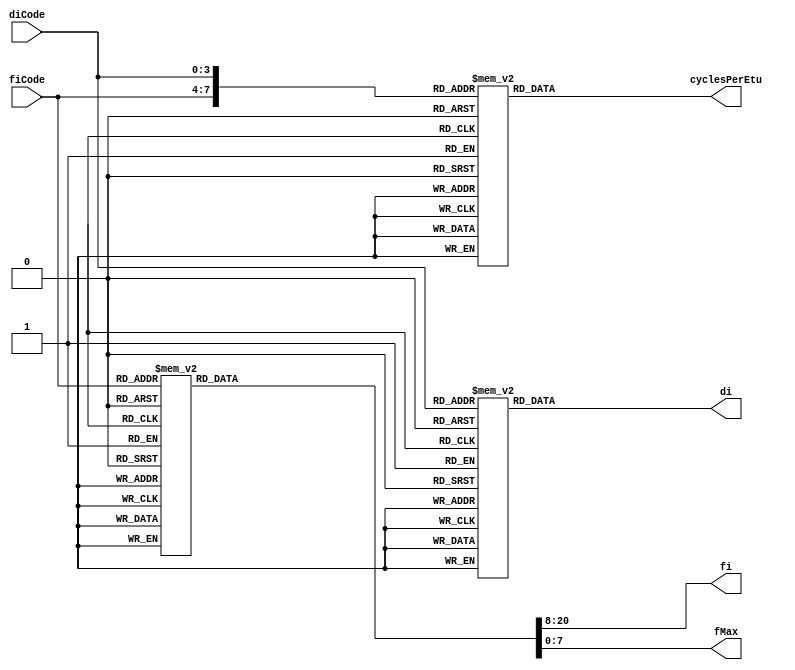
/*
Author: Sebastien Riou (acapola)
Creation date: 22:22:43 01/10/2011 

$LastChangedDate$
$LastChangedBy$
$LastChangedRevision$
$HeadURL$				 

This file is under the BSD licence:
Copyright (c) 2011, Sebastien Riou

All rights reserved.

Redistribution and use in source and binary forms, with or without modification, are permitted provided that the following conditions are met:

Redistributions of source code must retain the above copyright notice, this list of conditions and the following disclaimer. 
Redistributions in binary form must reproduce the above copyright notice, this list of conditions and the following disclaimer in the documentation and/or other materials provided with the distribution. 
The names of contributors may not be used to endorse or promote products derived from this software without specific prior written permission. 
THIS SOFTWARE IS PROVIDED BY THE COPYRIGHT HOLDERS AND CONTRIBUTORS
"AS IS" AND ANY EXPRESS OR IMPLIED WARRANTIES, INCLUDING, BUT NOT
LIMITED TO, THE IMPLIED WARRANTIES OF MERCHANTABILITY AND FITNESS FOR
A PARTICULAR PURPOSE ARE DISCLAIMED. IN NO EVENT SHALL THE COPYRIGHT OWNER OR
CONTRIBUTORS BE LIABLE FOR ANY DIRECT, INDIRECT, INCIDENTAL, SPECIAL,
EXEMPLARY, OR CONSEQUENTIAL DAMAGES (INCLUDING, BUT NOT LIMITED TO,
PROCUREMENT OF SUBSTITUTE GOODS OR SERVICES; LOSS OF USE, DATA, OR
PROFITS; OR BUSINESS INTERRUPTION) HOWEVER CAUSED AND ON ANY THEORY OF
LIABILITY, WHETHER IN CONTRACT, STRICT LIABILITY, OR TORT (INCLUDING
NEGLIGENCE OR OTHERWISE) ARISING IN ANY WAY OUT OF THE USE OF THIS
SOFTWARE, EVEN IF ADVISED OF THE POSSIBILITY OF SUCH DAMAGE.
*/
`default_nettype none


module FiDiAnalyzer(
	input wire [3:0] fiCode,
	input wire [3:0] diCode,
	output wire [12:0] fi,
	output reg [7:0] di,
	output reg [12:0] cyclesPerEtu, //truncate values to 'floor' integer value
	output wire [7:0] fMax				//in 0.1MHz units
	);

reg [13+8-1:0] fiStuff;
assign {fi,fMax} = fiStuff;
always @(*) begin:fiBlock
	case(fiCode)
		4'b0000: fiStuff = {12'd0372,8'd040};
		4'b0001: fiStuff = {12'd0372,8'd050};
		4'b0010: fiStuff = {12'd0558,8'd060};
		4'b0011: fiStuff = {12'd0744,8'd080};
		4'b0100: fiStuff = {12'd1116,8'd120};
		4'b0101: fiStuff = {12'd1488,8'd160};
		4'b0110: fiStuff = {12'd1860,8'd200};
		4'b0111: fiStuff = {12'd0000,8'd000};
		4'b1000: fiStuff = {12'd0000,8'd000};
		4'b1001: fiStuff = {12'd0512,8'd050};
		4'b1010: fiStuff = {12'd0768,8'd075};
		4'b1011: fiStuff = {12'd1024,8'd100};
		4'b1100: fiStuff = {12'd1536,8'd150};
		4'b1101: fiStuff = {12'd2048,8'd200};
		4'b1110: fiStuff = {12'd0000,8'd000};
		4'b1111: fiStuff = {12'd0000,8'd000};
	endcase
end

always @(*) begin:diBlock
	case(diCode)
		4'b0000: di = 0;
		4'b0001: di = 1;
		4'b0010: di = 2;
		4'b0011: di = 4;
		4'b0100: di = 8;
		4'b0101: di = 16;
		4'b0110: di = 32;
		4'b0111: di = 64;
		4'b1000: di = 0;
		4'b1001: di = 12;
		4'b1010: di = 20;
		4'b1011: di = 0;
		4'b1100: di = 0;
		4'b1101: di = 0;
		4'b1110: di = 0;
		4'b1111: di = 0;
	endcase
end

always @(*) begin:cyclesPerEtuBlock
	case({fiCode,diCode})
		8'h01: cyclesPerEtu = 372/1;
		8'h02: cyclesPerEtu = 372/2;
		8'h03: cyclesPerEtu = 372/4;
		8'h04: cyclesPerEtu = 372/8;
		8'h05: cyclesPerEtu = 372/16;
		8'h06: cyclesPerEtu = 372/32;
		8'h07: cyclesPerEtu = 372/64;
		8'h09: cyclesPerEtu = 372/12;
		8'h0A: cyclesPerEtu = 372/20;
		
		8'h11: cyclesPerEtu = 372/1;
		8'h12: cyclesPerEtu = 372/2;
		8'h13: cyclesPerEtu = 372/4;
		8'h14: cyclesPerEtu = 372/8;
		8'h15: cyclesPerEtu = 372/16;
		8'h16: cyclesPerEtu = 372/32;
		8'h17: cyclesPerEtu = 372/64;
		8'h19: cyclesPerEtu = 372/12;
		8'h1A: cyclesPerEtu = 372/20;
		
		8'h21: cyclesPerEtu = 558/1;
		8'h22: cyclesPerEtu = 558/2;
		8'h23: cyclesPerEtu = 558/4;
		8'h24: cyclesPerEtu = 558/8;
		8'h25: cyclesPerEtu = 558/16;
		8'h26: cyclesPerEtu = 558/32;
		8'h27: cyclesPerEtu = 558/64;
		8'h29: cyclesPerEtu = 558/12;
		8'h2A: cyclesPerEtu = 558/20;
		
		8'h31: cyclesPerEtu = 744/1;
		8'h32: cyclesPerEtu = 744/2;
		8'h33: cyclesPerEtu = 744/4;
		8'h34: cyclesPerEtu = 744/8;
		8'h35: cyclesPerEtu = 744/16;
		8'h36: cyclesPerEtu = 744/32;
		8'h37: cyclesPerEtu = 744/64;
		8'h39: cyclesPerEtu = 744/12;
		8'h3A: cyclesPerEtu = 744/20;
		
		8'h41: cyclesPerEtu = 1116/1;
		8'h42: cyclesPerEtu = 1116/2;
		8'h43: cyclesPerEtu = 1116/4;
		8'h44: cyclesPerEtu = 1116/8;
		8'h45: cyclesPerEtu = 1116/16;
		8'h46: cyclesPerEtu = 1116/32;
		8'h47: cyclesPerEtu = 1116/64;
		8'h49: cyclesPerEtu = 1116/12;
		8'h4A: cyclesPerEtu = 1116/20;
		
		8'h51: cyclesPerEtu = 1488/1;
		8'h52: cyclesPerEtu = 1488/2;
		8'h53: cyclesPerEtu = 1488/4;
		8'h54: cyclesPerEtu = 1488/8;
		8'h55: cyclesPerEtu = 1488/16;
		8'h56: cyclesPerEtu = 1488/32;
		8'h57: cyclesPerEtu = 1488/64;
		8'h59: cyclesPerEtu = 1488/12;
		8'h5A: cyclesPerEtu = 1488/20;
		
		8'h61: cyclesPerEtu = 1860/1;
		8'h62: cyclesPerEtu = 1860/2;
		8'h63: cyclesPerEtu = 1860/4;
		8'h64: cyclesPerEtu = 1860/8;
		8'h65: cyclesPerEtu = 1860/16;
		8'h66: cyclesPerEtu = 1860/32;
		8'h67: cyclesPerEtu = 1860/64;
		8'h69: cyclesPerEtu = 1860/12;
		8'h6A: cyclesPerEtu = 1860/20;
		
		8'h91: cyclesPerEtu = 512/1;
		8'h92: cyclesPerEtu = 512/2;
		8'h93: cyclesPerEtu = 512/4;
		8'h94: cyclesPerEtu = 512/8;
		8'h95: cyclesPerEtu = 512/16;
		8'h96: cyclesPerEtu = 512/32;
		8'h97: cyclesPerEtu = 512/64;
		8'h99: cyclesPerEtu = 512/12;
		8'h9A: cyclesPerEtu = 512/20;
		
		8'hA1: cyclesPerEtu = 768/1;
		8'hA2: cyclesPerEtu = 768/2;
		8'hA3: cyclesPerEtu = 768/4;
		8'hA4: cyclesPerEtu = 768/8;
		8'hA5: cyclesPerEtu = 768/16;
		8'hA6: cyclesPerEtu = 768/32;
		8'hA7: cyclesPerEtu = 768/64;
		8'hA9: cyclesPerEtu = 768/12;
		8'hAA: cyclesPerEtu = 768/20;
		
		8'hB1: cyclesPerEtu = 1024/1;
		8'hB2: cyclesPerEtu = 1024/2;
		8'hB3: cyclesPerEtu = 1024/4;
		8'hB4: cyclesPerEtu = 1024/8;
		8'hB5: cyclesPerEtu = 1024/16;
		8'hB6: cyclesPerEtu = 1024/32;
		8'hB7: cyclesPerEtu = 1024/64;
		8'hB9: cyclesPerEtu = 1024/12;
		8'hBA: cyclesPerEtu = 1024/20;
		
		8'hC1: cyclesPerEtu = 1536/1;
		8'hC2: cyclesPerEtu = 1536/2;
		8'hC3: cyclesPerEtu = 1536/4;
		8'hC4: cyclesPerEtu = 1536/8;
		8'hC5: cyclesPerEtu = 1536/16;
		8'hC6: cyclesPerEtu = 1536/32;
		8'hC7: cyclesPerEtu = 1536/64;
		8'hC9: cyclesPerEtu = 1536/12;
		8'hCA: cyclesPerEtu = 1536/20;
		
		8'hD1: cyclesPerEtu = 2048/1;
		8'hD2: cyclesPerEtu = 2048/2;
		8'hD3: cyclesPerEtu = 2048/4;
		8'hD4: cyclesPerEtu = 2048/8;
		8'hD5: cyclesPerEtu = 2048/16;
		8'hD6: cyclesPerEtu = 2048/32;
		8'hD7: cyclesPerEtu = 2048/64;
		8'hD9: cyclesPerEtu = 2048/12;
		8'hDA: cyclesPerEtu = 2048/20;
		
		default: cyclesPerEtu = 0;//RFU
	endcase
end
		
endmodule
`default_nettype wire